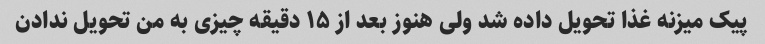
پیک میزنه غذا تحویل داده شد ولی هنوز بعد از ۱۵ دقیقه چیزی به من تحویل ندادن